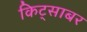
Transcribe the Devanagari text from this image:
किट्साबर